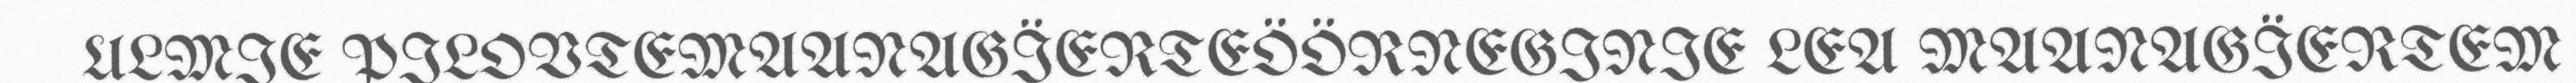
ULMIE PILOVTEMAANAGÏERTEÖÖRNEGINIE LEA MAANAGÏERTEM